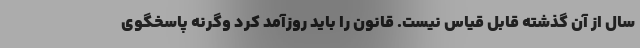
سال از آن گذشته قابل قیاس نیست. قانون را باید روزآمد کرد وگرنه پاسخگوی